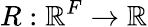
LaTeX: R:\mathbb{R}^{F}\xrightarrow[]{}\mathbb{R}